Civil Veterinary Dept. Bombay admin report 1907-1913 - 1907-1913
Year: 1907
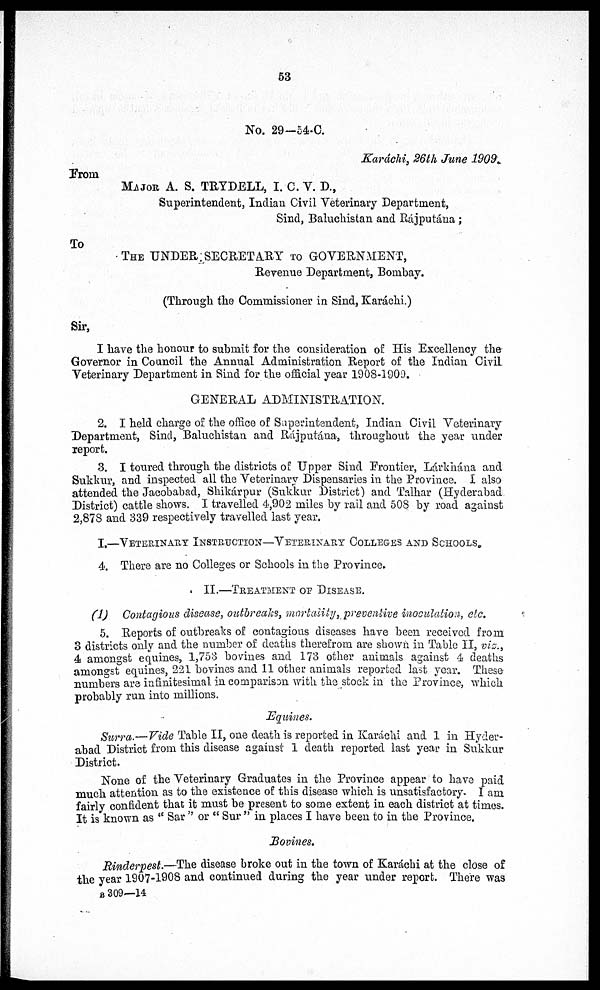
53
No. 29-54-C.
Karáchi, 26th June 1909.
From
MAJOR A. S. TRYDELL, I. C. V. D.,
Superintendent, Indian Civil Veterinary Department,
Sind, Baluchistan and Rajputána ;
To
THE UNDER SECRETARY TO GOVERNMENT,
Revenue Department, Bombay.
(Through the Commissioner in Sind, Karáchi.)
Sir,
I have the honour to submit for the consideration of His Excellency the
Governor in Council the Annual Administration Report of the Indian Civil
Veterinary Department in Sind for the official year 1908-1909.
GENERAL ADMINISTRATION.
2. I held charge of the office of Superintendent, Indian Civil Veterinary
Department, Sind, Baluchistan and Rájputána, throughout the year under
report.
3. I toured through the districts of Upper Sind Frontier, Lárkhána and
Sukkur, and inspected all the Veterinary Dispensaries in the Province. I also
attended the Jacobabad, Shikárpur (Sukkur District) and Talhar (Hyderabad
District) cattle shows. I travelled 4,902 miles by rail and 508 by road against
2,878 and 339 respectively travelled last year.
I.—VETERINARY INSTRUCTION—VETERINARY COLLEGES AND SCHOOLS.
4. There are no Colleges or Schools in the Province.
II.—TREATMENT OF DISEASE.
(1) Contagious disease, outbreaks, mortality, preventive inoculation, etc.
5. Reports of outbreaks of contagious diseases have been received from
3 districts only and the number of deaths therefrom are shown in Table II, viz.,
4 amongst equines, 1,753 bovines and 173 other animals against 4 deaths
amongst equines, 221 bovines and 11 other animals reported last year. These
numbers are infinitesimal in comparison with the stock in the Province, which
probably run into millions.
Equines.
Surra.—Vide Table II, one death is reported in Karachi and 1 in Hyder-
abad District from this disease against 1 death reported last year in Sukkur
District.
None of the Veterinary Graduates in the Province appear to have paid
much attention as to the existence of this disease which is unsatisfactory. I am
fairly confident that it must be present to some extent in each district at times.
It is known as "Sar" or "Sur" in places I have been to in the Province.
Bovines.
Rinderpest.—The disease broke out in the town of Karachi at the close of
the year 1907-1908 and continued during the year under report. There was
B 309—14